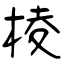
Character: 棱